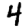
Digit: 4